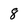
Character: 8